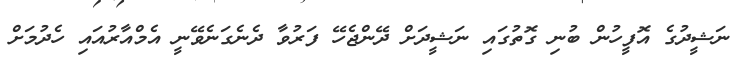
ނަޝީދުގެ އޮފީހުން ބުނި ގޮތުގައި ނަޝީދަށް ދޭންޖެހޭ ފަރުވާ ދެނެގަނެވޭނީ އެމްއާރުއައި ހެދުމަށް